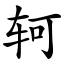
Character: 轲